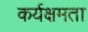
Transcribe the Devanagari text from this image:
कर्यक्षमता